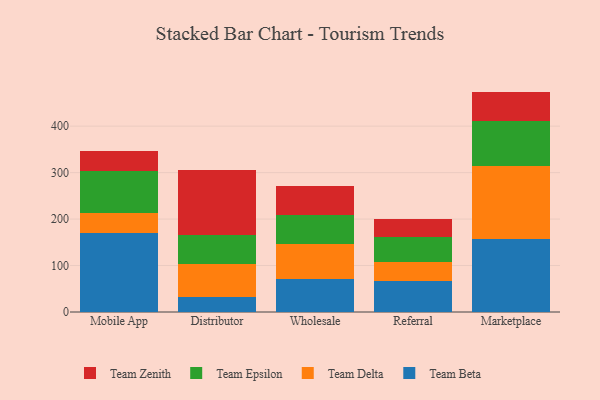
{"axis": {"x": "Channel", "y": "Conversion Rate (%)"}, "legend": ["Team Beta", "Team Delta", "Team Epsilon", "Team Zenith"], "data": [{"x": "Mobile App", "y": 169.7, "type": "Team Beta"}, {"x": "Mobile App", "y": 43.5, "type": "Team Delta"}, {"x": "Mobile App", "y": 90.4, "type": "Team Epsilon"}, {"x": "Mobile App", "y": 43.4, "type": "Team Zenith"}, {"x": "Distributor", "y": 32.5, "type": "Team Beta"}, {"x": "Distributor", "y": 71.9, "type": "Team Delta"}, {"x": "Distributor", "y": 61.3, "type": "Team Epsilon"}, {"x": "Distributor", "y": 141.0, "type": "Team Zenith"}, {"x": "Wholesale", "y": 71.4, "type": "Team Beta"}, {"x": "Wholesale", "y": 74.6, "type": "Team Delta"}, {"x": "Wholesale", "y": 63.0, "type": "Team Epsilon"}, {"x": "Wholesale", "y": 63.2, "type": "Team Zenith"}, {"x": "Referral", "y": 66.1, "type": "Team Beta"}, {"x": "Referral", "y": 42.5, "type": "Team Delta"}, {"x": "Referral", "y": 53.3, "type": "Team Epsilon"}, {"x": "Referral", "y": 38.9, "type": "Team Zenith"}, {"x": "Marketplace", "y": 156.5, "type": "Team Beta"}, {"x": "Marketplace", "y": 157.9, "type": "Team Delta"}, {"x": "Marketplace", "y": 96.2, "type": "Team Epsilon"}, {"x": "Marketplace", "y": 63.8, "type": "Team Zenith"}]}